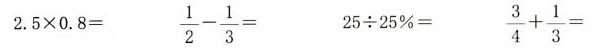
$$2 . 5 \times 0 . 8 =$$ $$\frac { 1 } { 2 } - \frac { 1 } { 3 } =$$ $$2 5 \div 2 5 \% =$$ $$\frac { 3 } { 4 } + \frac { 1 } { 3 } =$$